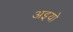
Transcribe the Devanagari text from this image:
अइयो